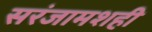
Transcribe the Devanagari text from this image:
सरंजामशही